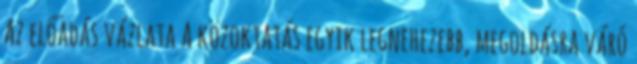
Az előadás vázlata A közoktatás egyik legnehezebb, megoldásra váró